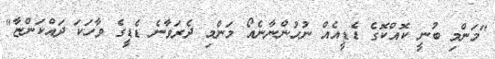
"މަންމި ބުނީ ކޮއްކޮގެ ޑެޑީއެއް ނުހުންނާނެއޯ މަންމި ދެރަވާނެ ޑެޑީގެ ވާހަކަ ދައްކަންޏާ"